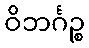
ဝိဘင်္ဂဉ္စ